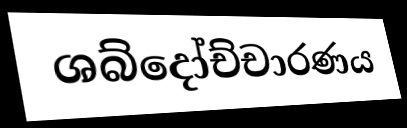
ශබ්දෝච්චාරණය